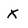
Character: x